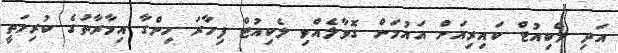
އަދި ލެކިއުޓް ކައިރިއަށް އައުމަށް ގޮވާލެއްވި ލެކިއުޓް ފިހާރަ ހިންގާ އިމާރާތުގެ ކުރިމަތީ